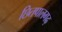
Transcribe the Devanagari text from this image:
छितपालगढ़